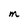
Character: M